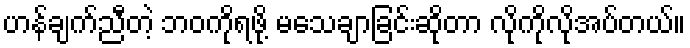
ဟန်ချက်ညီတဲ့ ဘဝကိုရဖို့ မသေချာခြင်းဆိုတာ လိုကိုလိုအပ်တယ်။